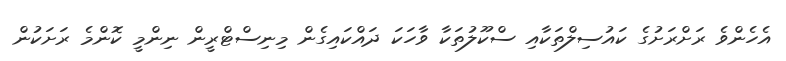
އެހެންވެ ރަށްރަށުގެ ކައުސިލްތަކާއި ސްކޫލުތަކާ ވާހަކަ ދައްކައިގެން މިނިސްޓްރީން ނިންމީ ކޮންމެ ރަށަކުން